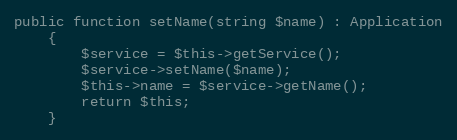
Language: PHP
public function setName(string $name) : Application
    {
        $service = $this->getService();
        $service->setName($name);
        $this->name = $service->getName();
        return $this;
    }